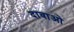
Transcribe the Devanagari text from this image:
दावाओ